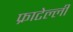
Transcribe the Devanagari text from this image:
फ्राटेल्ली